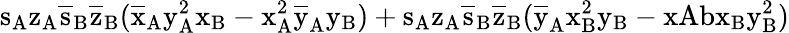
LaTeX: \mathrm{s_{A}\mathrm{z_{A}\mathrm{\overline{{s}}_{B}\mathrm{\overline{{z}}_{B}(\mathrm{\overline{{x}}_{A}\mathrm{y_{A}^{2}\mathrm{x_{B}-\mathrm{x_{A}^{2}\mathrm{\overline{{y}}_{A}\mathrm{y_{B})+\mathrm{s_{A}\mathrm{z_{A}\mathrm{\overline{{s}}_{B}\mathrm{\overline{{z}}_{B}(\mathrm{\overline{{y}}_{A}\mathrm{x_{B}^{2}\mathrm{y_{B}-xAb\mathrm{x_{B}\mathrm{y_{B}^{2})}}}}}}}}}}}}}}}}}}}